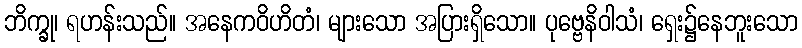
ဘိက္ခု၊ ရဟန်းသည်။ အနေကဝိဟိတံ၊ များသော အပြားရှိသော။ ပုဗ္ဗေနိဝါသံ၊ ရှေး၌နေဘူးသော